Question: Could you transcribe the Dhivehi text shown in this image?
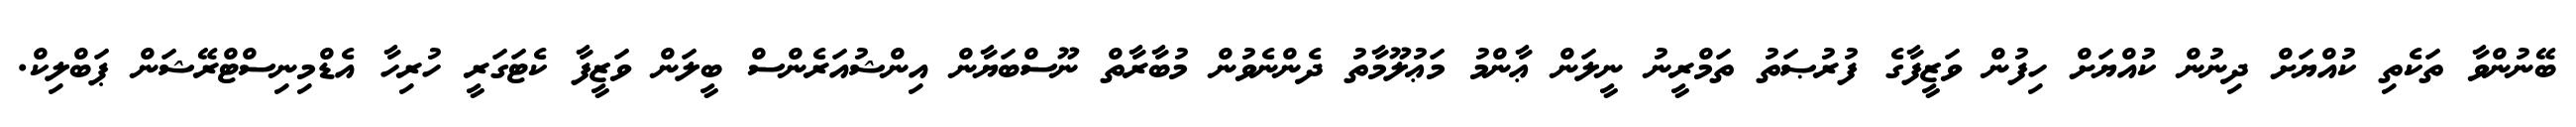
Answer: ބޭނުންވާ ތަކެތި ކުއްޔަށް ދިނުން ކުއްޔަށް ހިފުން ވަޒީފާގެ ފުރުޞަތު ތަމްރީނު ނީލަން ޢާންމު މަޢުލޫމާތު ދެންނެވުން މުބާރާތް ނޫސްބަޔާން އިންޝުއަރެންސް ބީލަން ވަޒީފާ ކެޓަގަރީ ހުރިހާ އެޑްމިނިސްޓްރޭޝަން ޕަބްލިކް.